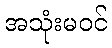
အသုံးမဝင်